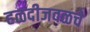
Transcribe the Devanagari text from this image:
हळदीजवळचे